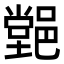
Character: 𨝦